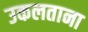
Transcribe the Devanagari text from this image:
उकलताना